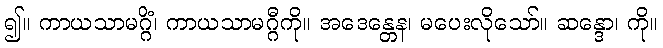
၍။ ကာယသာမဂ္ဂိံ၊ ကာယသာမဂ္ဂီကို။ အဒေန္တေန၊ မပေးလိုသော်။ ဆန္ဒော၊ ကို။